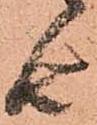
由